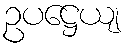
ဥပဋ္ဌေယျ